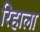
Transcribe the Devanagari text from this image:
रिहाला